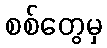
စစ်တွေမှ